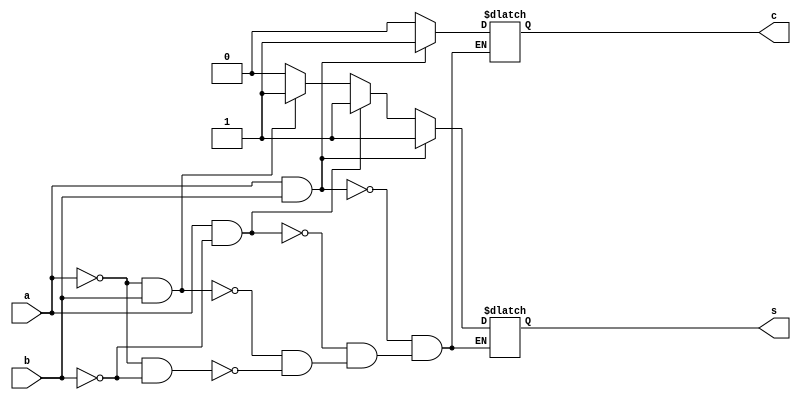
`timescale 1ns / 1ps
//////////////////////////////////////////////////////////////////////////////////
// Company: 
// Engineer: 
// 
// Design Name: 
// Module Name: halfadd_b
// Project Name: 
// Target Devices: 
// Tool Versions: 
// Description: 
// 
// Dependencies: 
// 
// Revision:
// Revision 0.01 - File Created
// Additional Comments:
// 
//////////////////////////////////////////////////////////////////////////////////


module halfadd_b(
    input  a,b,
    output  reg s,c
    );
always @(a or b)
begin
if (a == 0 & b == 0)
begin
s = 0;
c = 0;
end
if (a == 0 & b == 1)
begin
s = 1;
c = 0;
end
if (a == 1 & b == 0)
begin
s = 1;
c = 0;
end
if (a == 1 & b == 1)
begin
s = 1;
c = 1;
end
end
endmodule